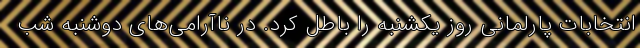
انتخابات پارلمانی روز یکشنبه را باطل کرد. در ناآرامی‌های دوشنبه شب